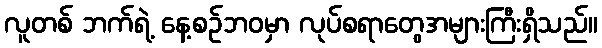
လူတစ် ဘက်ရဲ့ နေ့စဉ်ဘဝမှာ လုပ်စရာတွေအများကြီးရှိသည်။